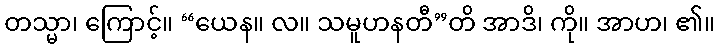
တသ္မာ၊ ကြောင့်။ “ယေန။ လ။ သမူဟနတီ”တိ အာဒိ၊ ကို။ အာဟ၊ ၏။